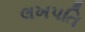
લખપતિ